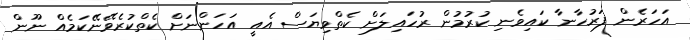
އަހަރެން ފަރުހާނާ ކައިވެނި ކުރުމުން ރުހައިލަށް ކެތްވިޔަސް އެއީ އަހަންނަށް ކެތްކުރެވޭނޭކަމެއް ނޫން